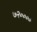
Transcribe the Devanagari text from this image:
७२००००